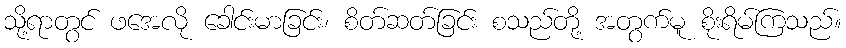
သို့ရာတွင် ဖအေလို ခေါင်းမာခြင်း၊ စိတ်ဆတ်ခြင်း စသည်တို့ အတွက်မူ စိုးရိမ်ကြသည်။